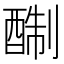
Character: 𨡘